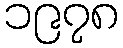
၁၉၇၈